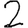
Digit: 2